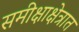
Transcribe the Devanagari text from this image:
समीक्षाक्षेत्रात